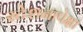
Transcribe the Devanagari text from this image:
स्टेशनापेक्षा